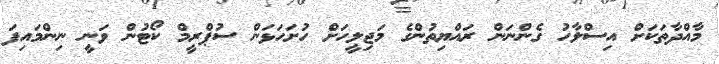
މާއްދާތަކަށް އިސްލާހު ގެންނަން ރައްޔިތުންގެ މަޖިލީހަށް ހުށަހަޅަން ސުޕްރީމް ކޯޓުން ވަނީ ނިންމައިފަ